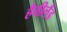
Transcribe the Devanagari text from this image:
हैवीलैंड